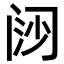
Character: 𬮪